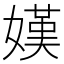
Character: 嫨